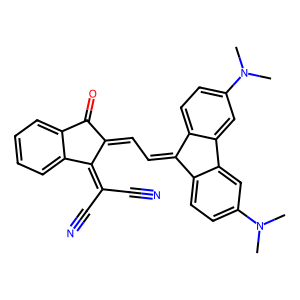
SMILES: CN(C)c1ccc2c(c1)-c1cc(N(C)C)ccc1C2=CC=C1C(=O)c2ccccc2C1=C(C#N)C#N
Inhibits HIV replication: No